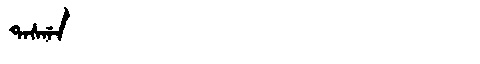
Manchu: ᡨᠠᠰᡤᠠ
Romanization: TASGA